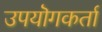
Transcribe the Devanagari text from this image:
उपयॊगकर्ता